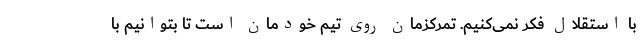
با استقلال فکر نمی‌کنیم. تمرکزمان روی تیم خودمان است تا بتوانیم با